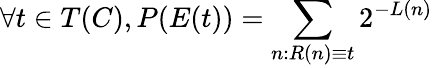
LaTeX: \forall t\in T(C),P(E(t))=\sum_{n:R(n)\equiv t}2^{-L(n)}